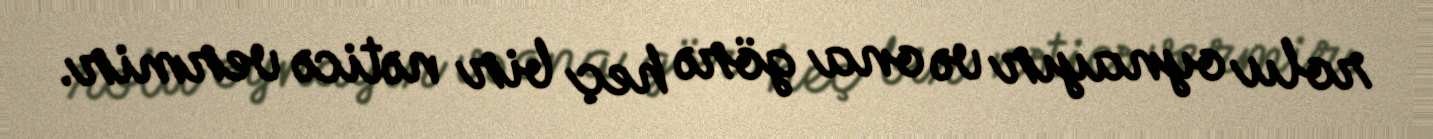
rolu oynayır və ona görə heç bir nəticə vermir.